65_HS1-834228961_62-HQ-83894_Section_3
Agency: FBI
Page 118
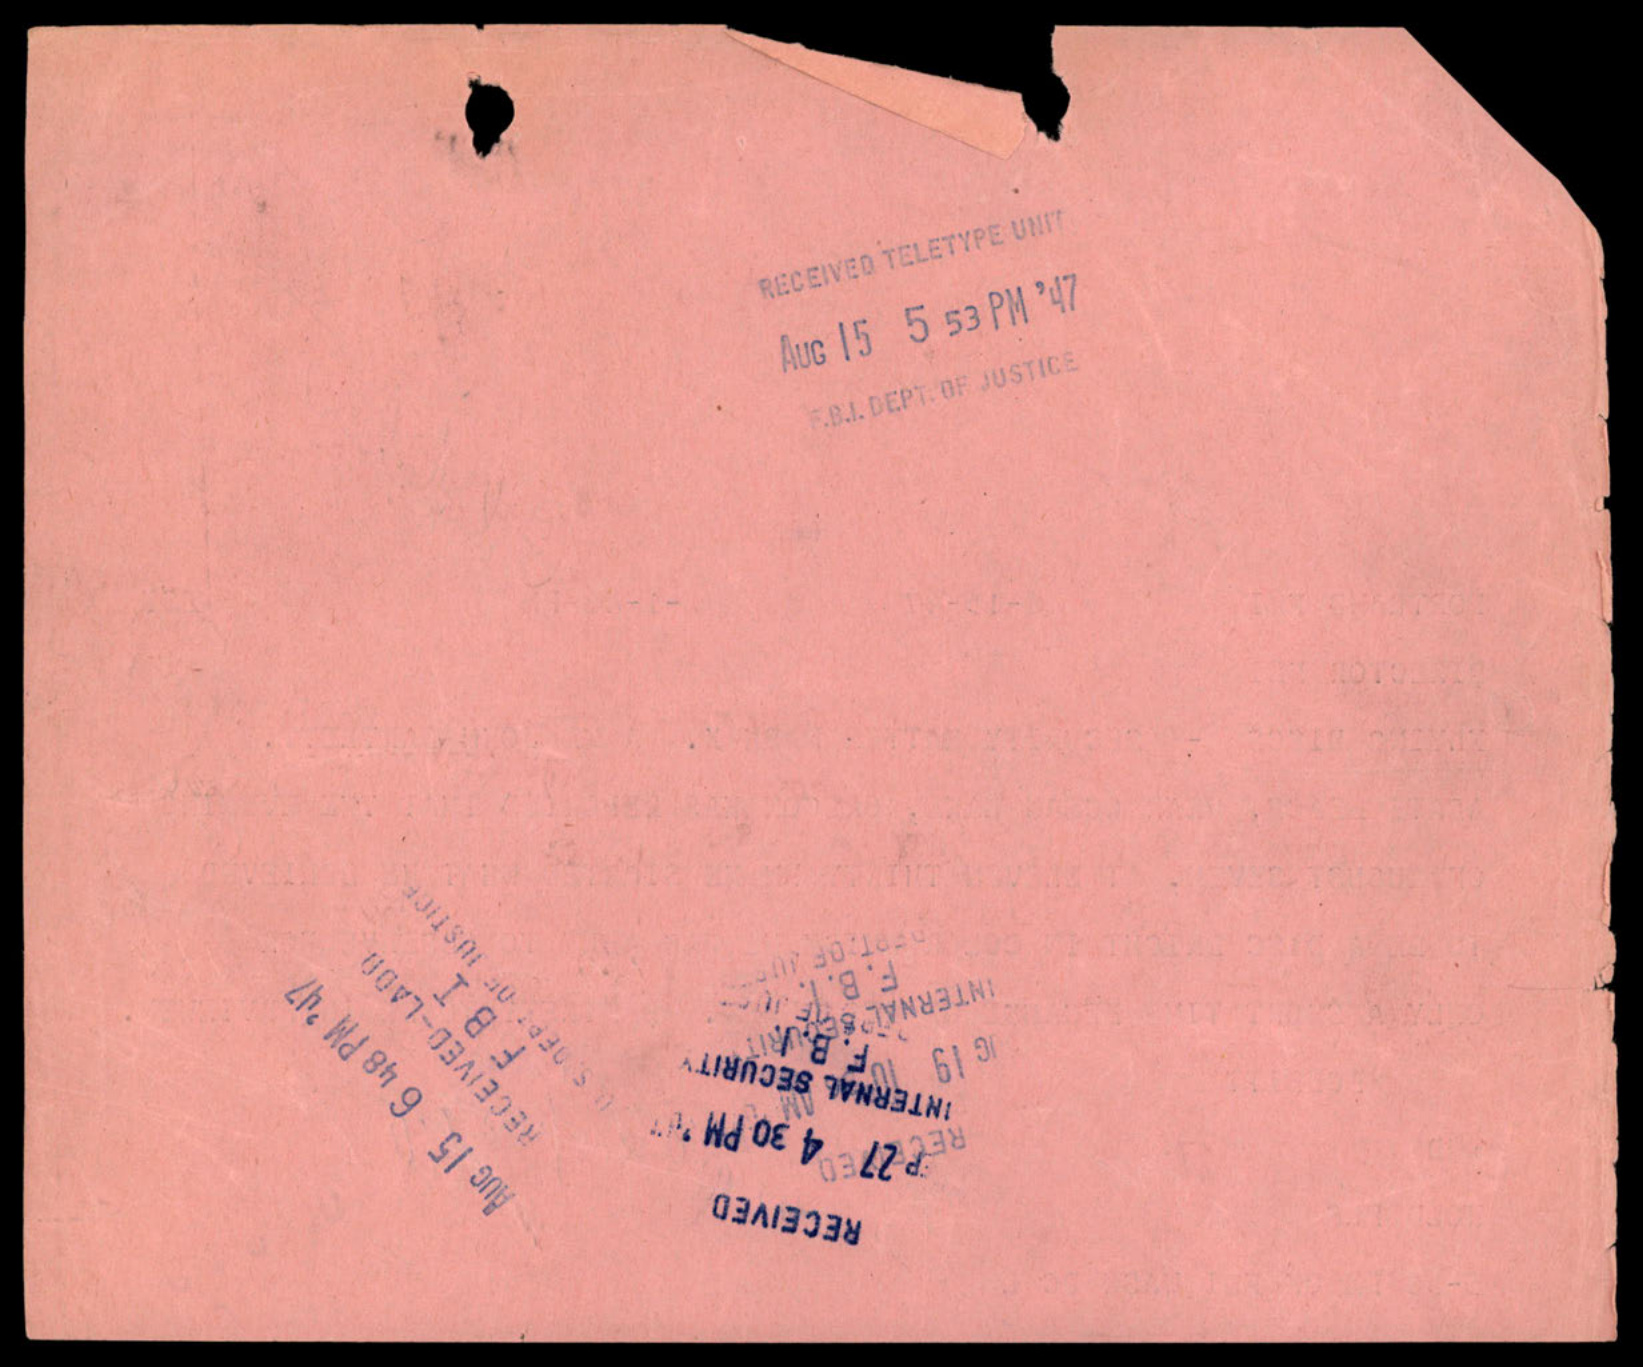